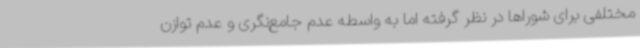
مختلفی برای شوراها در نظر گرفته اما به واسطه عدم جامع‌نگری و عدم توازن